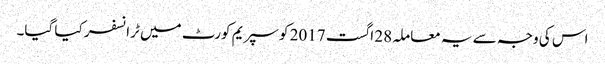
اس کی وجہ سے یہ معاملہ 28 اگست 2017 کو سپریم کورٹ میں ٹرانسفر کیا گیا۔